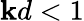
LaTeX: \mathbf{k}d<1